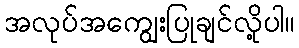
အလုပ်အကျွေးပြုချင်လို့ပါ။